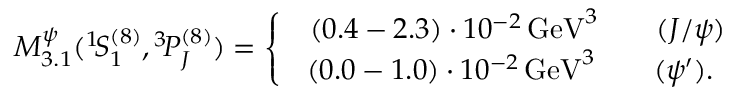
M _ { 3 . 1 } ^ { \psi } ( { } ^ { 1 } \! S _ { 1 } ^ { ( 8 ) } , { } ^ { 3 } \! P _ { J } ^ { ( 8 ) } ) = \left\{ \begin{array} { c } { { \, \, \, ( 0 . 4 - 2 . 3 ) \cdot 1 0 ^ { - 2 } \, \mathrm { G e V } ^ { 3 } \qquad ( J / \psi ) } } \\ { { ( 0 . 0 - 1 . 0 ) \cdot 1 0 ^ { - 2 } \, \mathrm { G e V } ^ { 3 } \qquad ( \psi ^ { \prime } ) . } } \end{array} \right.